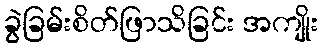
ခွဲခြမ်းစိတ်ဖြာသိခြင်း အကျိုး